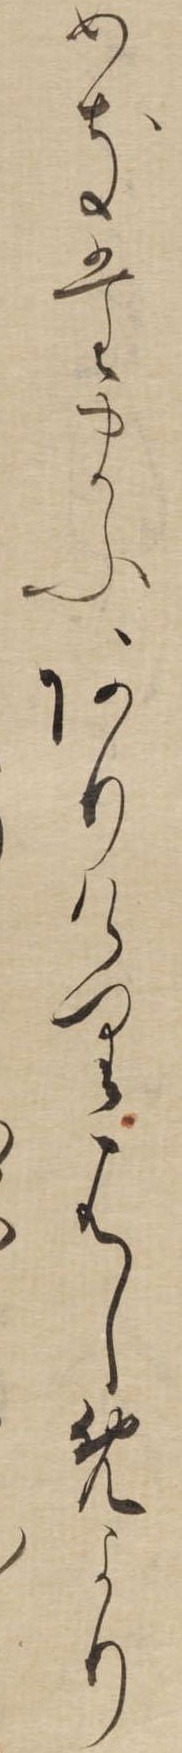
めきたまふありけりはしめより